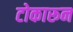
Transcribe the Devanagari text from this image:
टोकारून